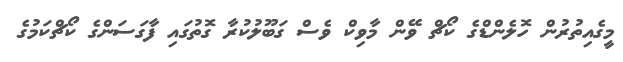
މީގެއިތުރުން ހޮލެންޑްގެ ކޯޗް ވޭން މާވިކް ވެސް ގަބޫލުކުރާ ގޮތުގައި ފާގަސަންގެ ކޯޗްކަމުގެ